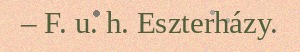
– F. u. h. Eszterházy.